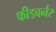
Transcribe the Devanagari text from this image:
फीडबर्नर